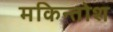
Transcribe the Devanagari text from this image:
मकिन्तोश